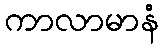
ကာလာမာနံ